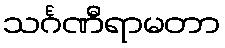
သင်္ဂဏီရာမတာ